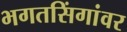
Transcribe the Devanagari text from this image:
भगतसिंगांवर